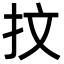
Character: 抆